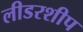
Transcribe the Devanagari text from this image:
लीडरशीप